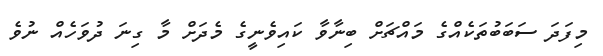
މިފަދަ ސަބަބުތަކެއްގެ މައްޗަށް ބިނާވާ ކައިވެނީގެ މެދަށް މާ ގިނަ ދުވަހެއް ނުވެ